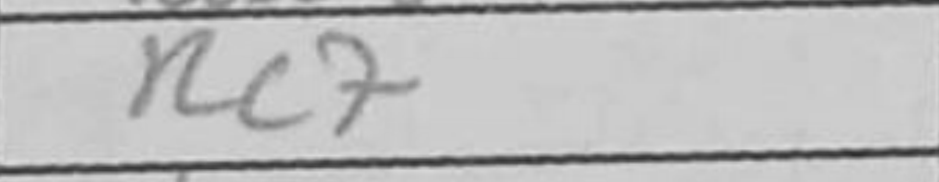
Transcription: Rc7